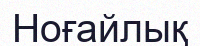
Ноғайлық